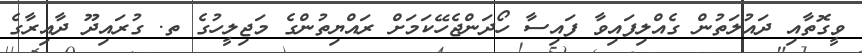
ވީގޮތާއި ދައުލަތުން ގެއްލިފައިވާ ފައިސާ ހޯދަންޖެހޭކަމަށް ރައްޔިތުންގެ މަޖިލީހުގެ ތ. ގުރައިދޫ ދާއިރާގެ